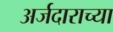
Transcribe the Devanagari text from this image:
अर्जदाराच्या